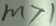
m > 1